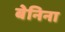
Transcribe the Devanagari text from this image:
बेनिना